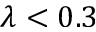
\lambda < 0 . 3